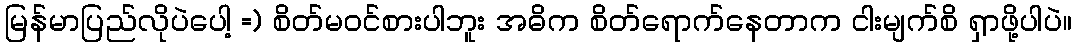
မြန်မာပြည်လိုပဲပေါ့ =) စိတ်မဝင်စားပါဘူး အဓိက စိတ်ရောက်နေတာက ငါးမျက်စိ ရှာဖို့ပါပဲ။